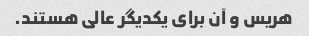
هریس و آن برای یکدیگر عالی هستند.